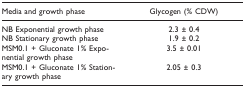
<table><thead><tr><td><b>Media and growth phase</b></td><td><b>Glycogen (% CDW)</b></td></tr></thead><tbody><tr><td>NB Exponential growth phase</td><td>2.3 ± 0.4</td></tr><tr><td>NB Stationary growth phase</td><td>1.9 ± 0.2</td></tr><tr><td>MSM0.1 + Gluconate 1% Exponential growth phase</td><td>3.5 ± 0.01</td></tr><tr><td>MSM0.1 + Gluconate 1% Stationary growth phase</td><td>2.05 ± 0.3</td></tr></tbody></table>